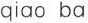
qiao ba